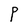
Character: P